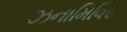
ઝનામિવિર